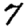
Digit: 7